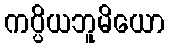
ကပ္ပိယဘူမိယော